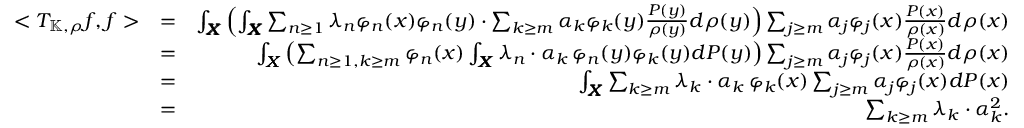
\begin{array} { r l r } { < T _ { \mathbb K , \rho } f , f > } & { = } & { \int _ { \pmb X } \left( \int _ { \pmb X } \sum _ { n \geq 1 } \lambda _ { n } \varphi _ { n } ( x ) \varphi _ { n } ( y ) \cdot \sum _ { k \geq m } \alpha _ { k } \varphi _ { k } ( y ) \frac { P ( y ) } { \rho ( y ) } d \rho ( y ) \right) \sum _ { j \geq m } \alpha _ { j } \varphi _ { j } ( x ) \frac { P ( x ) } { \rho ( x ) } d \rho ( x ) } \\ & { = } & { \int _ { \pmb X } \left( \sum _ { n \geq 1 , k \geq m } \varphi _ { n } ( x ) \int _ { \pmb X } \lambda _ { n } \cdot \alpha _ { k } \, \varphi _ { n } ( y ) \varphi _ { k } ( y ) d P ( y ) \right) \sum _ { j \geq m } \alpha _ { j } \varphi _ { j } ( x ) \frac { P ( x ) } { \rho ( x ) } d \rho ( x ) } \\ & { = } & { \int _ { \pmb X } \sum _ { k \geq m } \lambda _ { k } \cdot \alpha _ { k } \, \varphi _ { k } ( x ) \sum _ { j \geq m } \alpha _ { j } \varphi _ { j } ( x ) d P ( x ) } \\ & { = } & { \sum _ { k \geq m } \lambda _ { k } \cdot \alpha _ { k } ^ { 2 } . } \end{array}